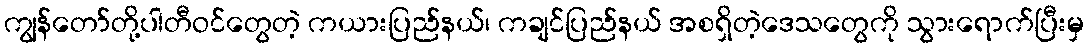
ကျွန်တော်တို့ပါတီဝင်တွေတဲ့ ကယားပြည်နယ်၊ ကချင်ပြည်နယ် အစရှိတဲ့ဒေသတွေကို သွားရောက်ပြီးမှ